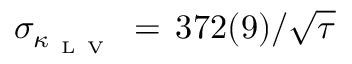
\sigma _ { \kappa _ { \mathrm { ~ L ~ V ~ } } } \, = \, 3 7 2 ( 9 ) / \sqrt { \tau }